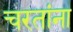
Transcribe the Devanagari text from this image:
चरतांना